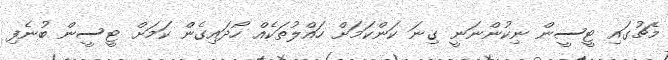
މެޗުގައިި ޓީސީން ނިކުންނަނީ ގިނަ ކަންކަމަަށް ހައްލުތަކެއް ހޯދައިގެން ކަމަށް ޓީސީން ބުނެފި